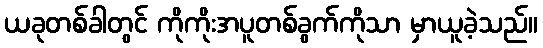
ယခုတစ်ခါတွင် ကိုကိုးအပူတစ်ခွက်ကိုသာ မှာယူခဲ့သည်။